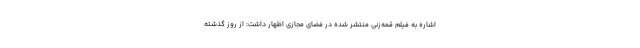
اشاره به فیلم قمه‌زنی منتشر شده در فضای مجازی اظهار داشت: از روز گذشته